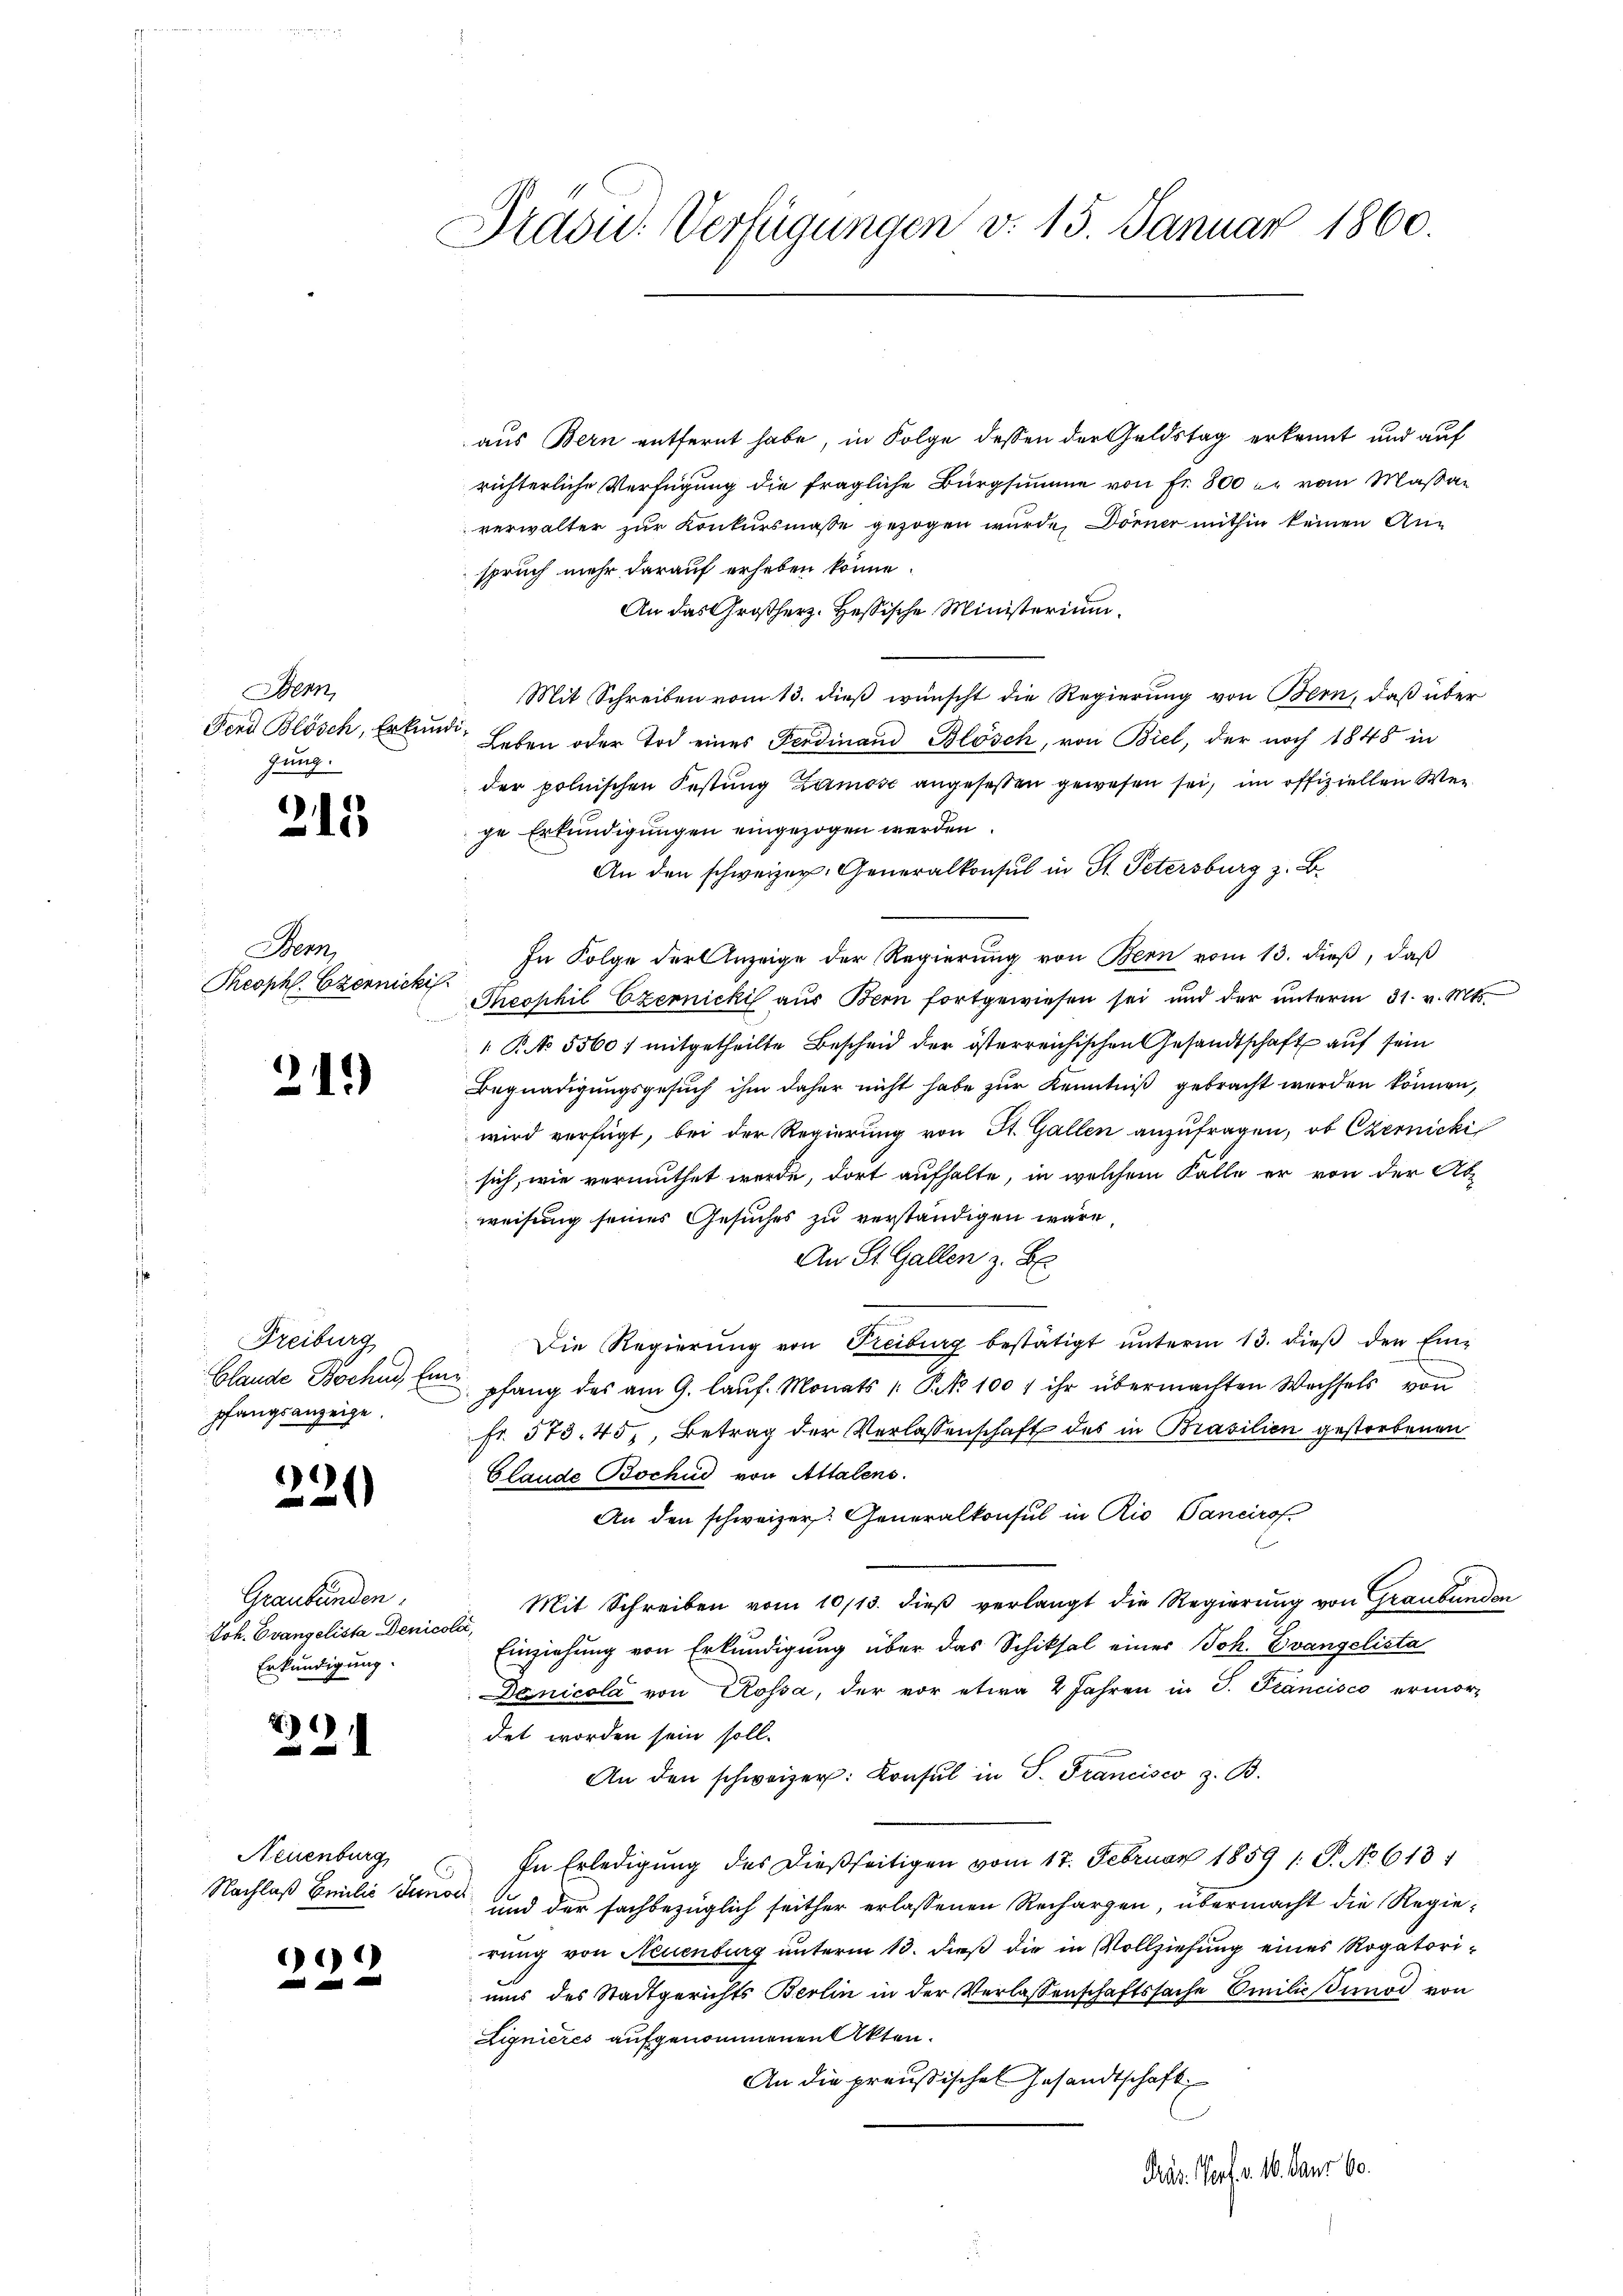
Bern,
Fend Blösch, Erkundihung.

215

Benz
Theophl. Ezennicki

31.

Freiburg
Blande Bochud, Ei
pfangsanzeige.

)
e
)

Graubünden,
Joh. Evangelista Denico
Erkundigung.

2)

Neuenburg

*)

Pradu. Verfügungen v. 15. Januar 1860.

aus Bern entfernt habe, in Folge dessen der Geldstag erkennt und auf
richterliche Verfügung die fragliche Bürgsumme von Fr. 800 er vom Maßan
verwalter zur Konkursmasse gezogen wurde, Dörner mithin keinen Anspruch mehr darauf erheben könne.
An das Großherz. Hessische Ministerium.
Mit Schreiben vom 13. dieß wünscht die Regierung von Bern, daß über
Leben oder Tod eines Ferdinand Blösch, von Biel, der noch 1848 in
der polnischen Festung Zamose angeseßen gewesen sei, im offiziellen Werge Erkundigungen eingezogen werden
An den schweizer. Generalkonsul in St. Petersburg z. B.
In Folge der Anzeige der Regierung von Bern vom 13. dieß, daß
Theophil Czernicki aus Bern fortgewiesen sei und der ŭnterm 31. v. Mts.
 NNo. 5560 / mitgetheilte Bescheid der österreichischen Gesandtschaft auf sein
Begnadigungsgesuch ihm daher nicht habe zur Kenntniß gebracht werden können,
wird verfügt, bei der Regierung von St. Gallen anzufragen, ob Czernicki
sich, wie vermuthet werde, dort aufhalte, in welchem Falle er von der Ab-
weisung seines Gesuches zu verständigen wäre,
An St. Gallen z. B.
Die Regierŭng von Treiburg bestätigt ŭnterm 13. dieβ den Ein-
 pfang des am 9. laŭf. Monats 1 Pkt. 100 f ihr übermachten Wechsels von
fr. 573. 45, Betrag der Verlassenschaft des in Prasilien gestorbenen
Glaude Bochud von Attalens.
An den schweizer. Generalkonsul in Rio Sancirof
Mit Schreiben vom 10/13. dieß verlangt die Regierung von Graubünden
oler,
Einziehung von Erkundigung über das Schiksal eines Joh. Evangelista
Danicola von Rossa, der vor etwa 2 Jahren in P. Francisco ermor-
det worden sein soll.
An den schweizer: Consul in S. Francisco z. B.
In Erledigung des dießseitigen vom 17. Februar 1859 1. P. No 618
Nachlaß Emilie Junot und der sachbezüglich seither erlassenen Rechargen, übermacht die Regierung von Neuenburg unterm 13. dieß die in Vollziehung eines Rogatoriuns des Stadtgerichts Berlin in der Verlassenschaftssache Emilieinod von
Lignieres aufgenommenen Akten.
An die preußischen Gesandtschaft
Fras. Porf. v. 16. Janr 60.